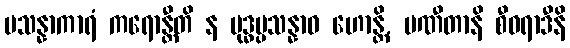
ပသန္နာကာရံ ကရောန္တီတိ န မုဒ္ဓပ္ပသန္နာဝ ဟောန္တိ, ပဏီတာနိ စီဝရာဒီနိ